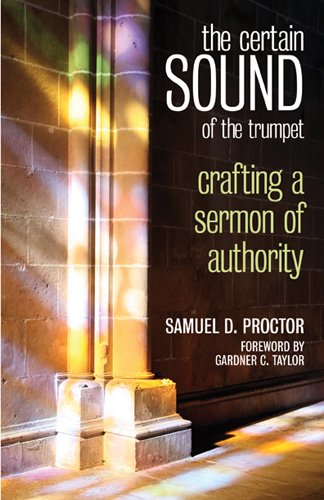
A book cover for The Certain Sound of the Trumpet: Crafting a Sermon of Authority; Samuel D. Proctor; Christian Books & Bibles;